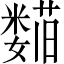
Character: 𬞺